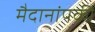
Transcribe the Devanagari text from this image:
मैदानांपकी